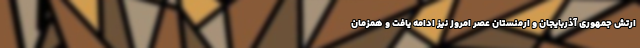
ارتش جمهوری آذربایجان و ارمنستان عصر امروز نیز ادامه یافت و همزمان